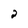
Character: 2